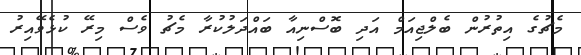
މެޗުގެ އިތުރުން ބެލްޖިއަމް އަދި ބޮސްނިއާ ބައްދަލުކުރާ މެޗު ވެސް މިރޭ ކުޅެވޭއިރު